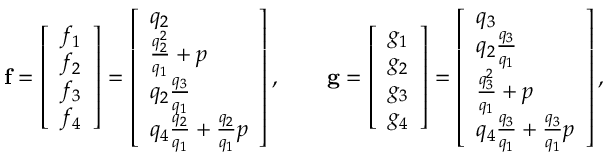
\mathbf { f } = \left[ \begin{array} { l } { f _ { 1 } } \\ { f _ { 2 } } \\ { f _ { 3 } } \\ { f _ { 4 } } \end{array} \right] = \left[ \begin{array} { l } { q _ { 2 } } \\ { \frac { q _ { 2 } ^ { 2 } } { q _ { 1 } } + p } \\ { q _ { 2 } \frac { q _ { 3 } } { q _ { 1 } } } \\ { q _ { 4 } \frac { q _ { 2 } } { q _ { 1 } } + \frac { q _ { 2 } } { q _ { 1 } } p } \end{array} \right] , \qquad \mathbf { g } = \left[ \begin{array} { l } { g _ { 1 } } \\ { g _ { 2 } } \\ { g _ { 3 } } \\ { g _ { 4 } } \end{array} \right] = \left[ \begin{array} { l } { q _ { 3 } } \\ { q _ { 2 } \frac { q _ { 3 } } { q _ { 1 } } } \\ { \frac { q _ { 3 } ^ { 2 } } { q _ { 1 } } + p } \\ { q _ { 4 } \frac { q _ { 3 } } { q _ { 1 } } + \frac { q _ { 3 } } { q _ { 1 } } p } \end{array} \right] ,